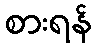
စားရန်